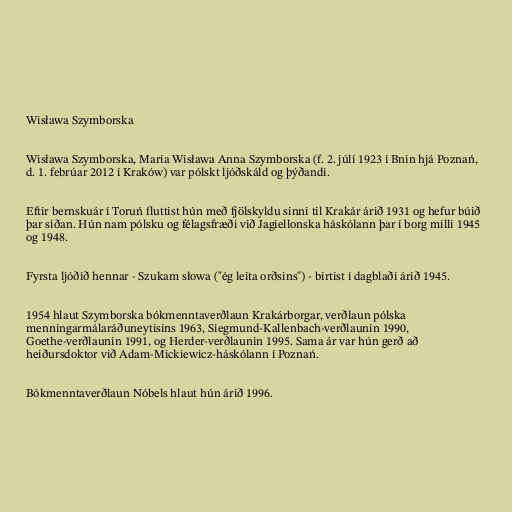
Wisława Szymborska

Wisława Szymborska, Maria Wisława Anna Szymborska (f. 2. júlí 1923 í Bnin hjá Poznań,
d. 1. febrúar 2012 í Kraków) var pólskt ljóðskáld og þýðandi.

Eftir bernskuár í Toruń fluttist hún með fjölskyldu sinni til Krakár árið 1931 og hefur búið
þar síðan. Hún nam pólsku og félagsfræði við Jagiellonska háskólann þar í borg milli 1945
og 1948.

Fyrsta ljóðið hennar - Szukam słowa ("ég leita orðsins") - birtist í dagblaði árið 1945.

1954 hlaut Szymborska bókmenntaverðlaun Krakárborgar, verðlaun pólska
menningarmálaráðuneytisins 1963, Siegmund-Kallenbach-verðlaunin 1990,
Goethe-verðlaunin 1991, og Herder-verðlaunin 1995. Sama ár var hún gerð að
heiðursdoktor við Adam-Mickiewicz-háskólann í Poznań.

Bókmenntaverðlaun Nóbels hlaut hún árið 1996.